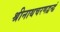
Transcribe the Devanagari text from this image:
श्रीनाथचरणद्वन्द्वं